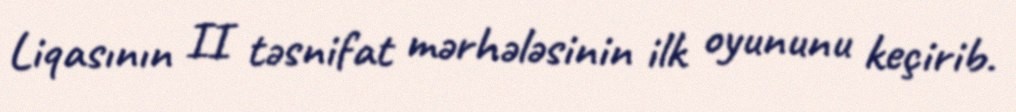
Liqasının II təsnifat mərhələsinin ilk oyununu keçirib.